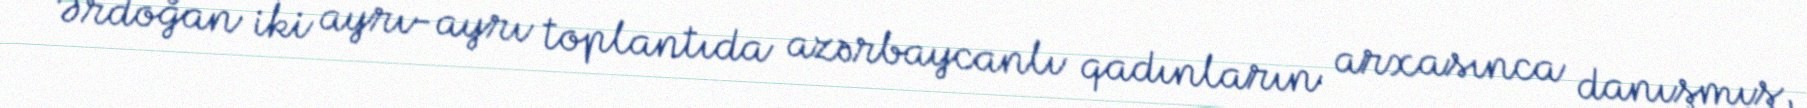
Ərdoğan iki ayrı-ayrı toplantıda azərbaycanlı qadınların arxasınca danışmış,